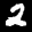
Label: 2